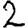
Digit: 2